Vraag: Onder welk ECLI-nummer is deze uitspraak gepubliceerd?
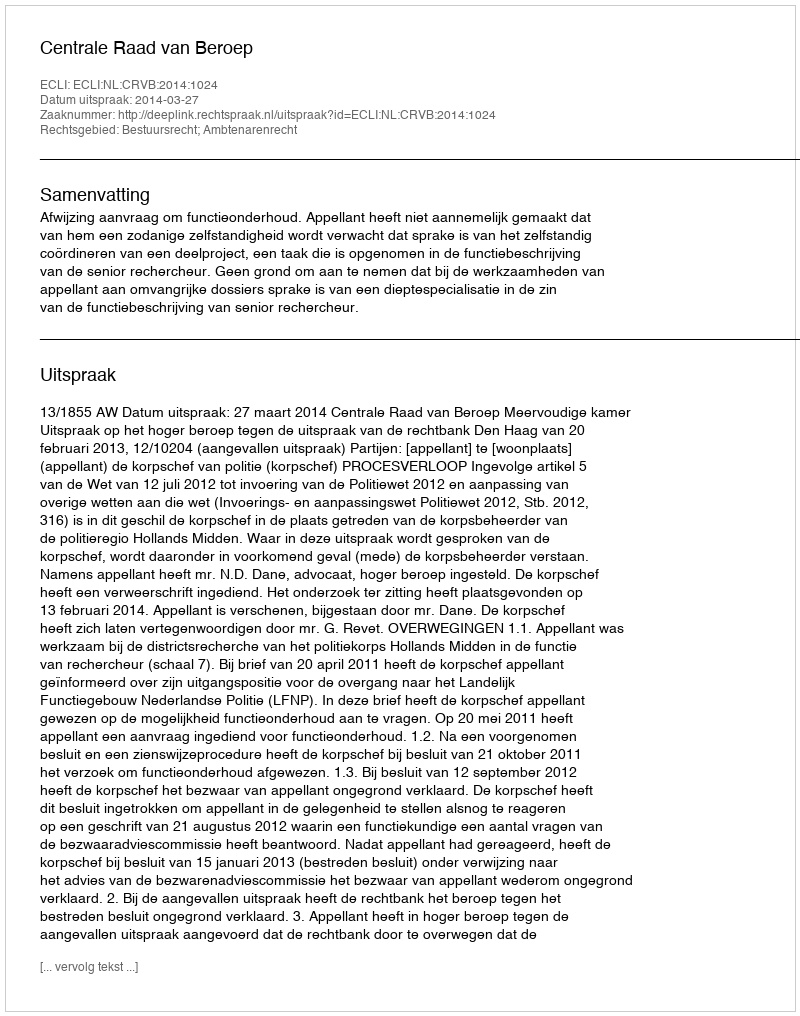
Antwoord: ECLI:NL:CRVB:2014:1024